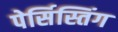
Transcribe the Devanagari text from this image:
पेर्सिस्तिंग